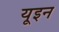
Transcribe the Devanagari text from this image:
यूइन